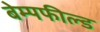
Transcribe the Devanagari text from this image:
बेम्पफील्ड